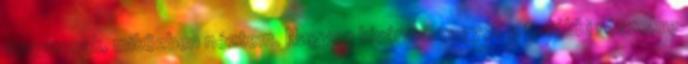
magamnak, miközben néztem. Nagyon kíváncsi vagyok a további részekre